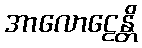
အာလောဠေန္တိ